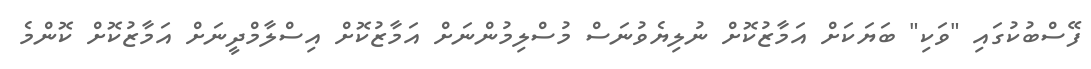
ފޭސްބުކުގައި "ވަކި" ބަޔަކަށް އަމާޒުކޮށް ނުލިޔެވުނަސް މުސްލިމުންނަށް އަމާޒުކޮށް އިސްލާމްދީނަށް އަމާޒުކޮށް ކޮންމެ